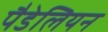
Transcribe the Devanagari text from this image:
पैडेलियन